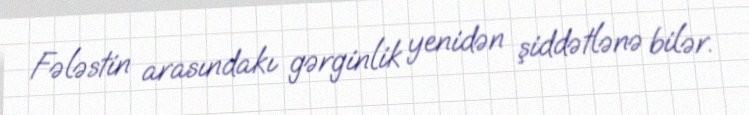
Fələstin arasındakı gərginlik yenidən şiddətlənə bilər.